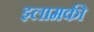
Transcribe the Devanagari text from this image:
इलामकी